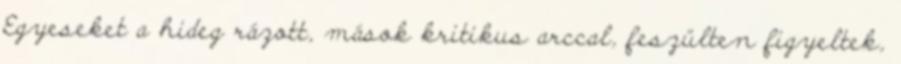
Egyeseket a hideg rázott, mások kritikus arccal, feszülten figyeltek,